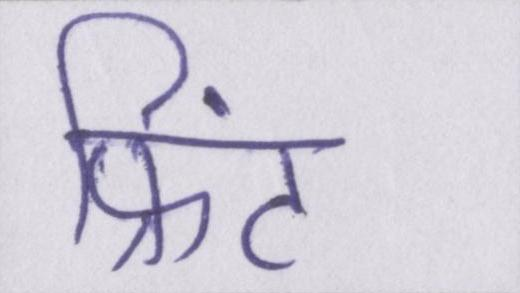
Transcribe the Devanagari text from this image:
प्रिंट